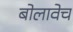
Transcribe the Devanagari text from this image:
बोलावेच